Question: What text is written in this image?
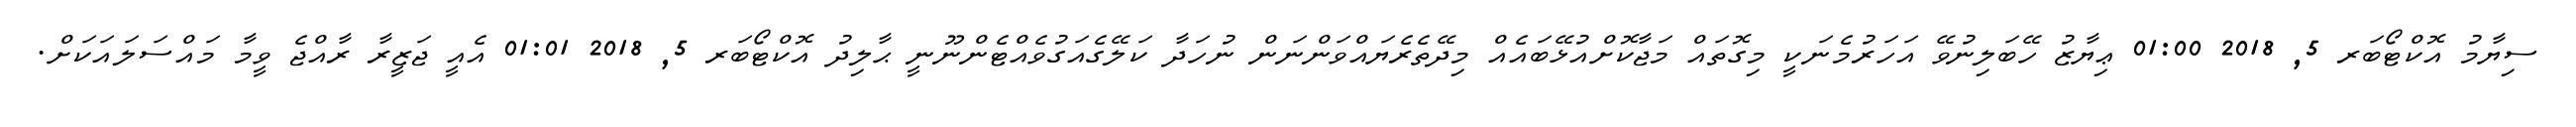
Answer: ސިޔާމު އޮކްޓޯބަރ 5, 2018 01:00 ޢިޔާޒު ހޭބަލިނުވޭ އަހަރުމެނަކީ މިގޮތައް މަޖާކޮށްއުޅޭބައެއް މިދޭތެރެޔައްވަންނަން ނުހަދާ ކަލޭގެއަގުވެއްޓެންނޫނީ ޙާލިދު އޮކްޓޯބަރ 5, 2018 01:01 އެއީ ޖަޒީރާ ރާއްޖެ ވީމާ މައްސަލައަކަށް.